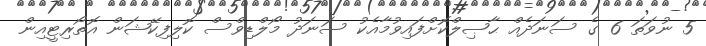
5 ނުވަތަ 6 ގެ ސަނަދެއް ޙާޞިލްކޮށްފައިވުމާއެކު ސަނަދު މޯލްޑިވްސް ކޮލިފިކޭޝަން އޮތޯރިޓީއިން